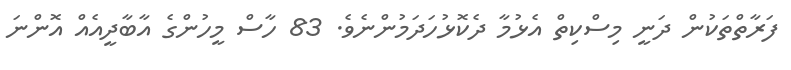
ފަރާތްތަކުން ދަނީ މިސްކިތް އެޅުމާ ދެކޮޅުހަދަމުންނެވެ. 83 ހާސް މީހުންގެ އާބާދީއެއް އޮންނަ